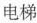
电梯